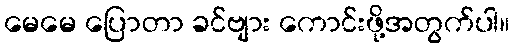
မေမေ ပြောတာ ခင်ဗျား ကောင်းဖို့အတွက်ပါ။